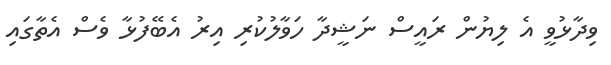
ވިދާޅުވީ އެ ލިޔުން ރައީސް ނަޝީދާ ހަވާލުކުރި އިރު އެބޭފުޅާ ވެސް އެތާގައި